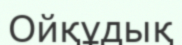
Ойқұдық